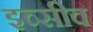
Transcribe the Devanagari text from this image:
इव्सीव